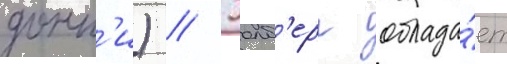
донн'и) // Уолб'ерг облада́ет